Problem: 6 × 4 = ?
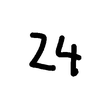
Handwritten answer: 24